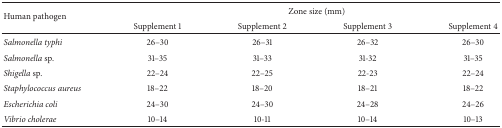
| <ROWSPAN=2> Human pathogen | <COLSPAN=4> Zone size (mm) |
 | Supplement 1 | Supplement 2 | Supplement 3 | Supplement 4 |
 | --- | --- | --- | --- | --- |
 | Salmonella typhi | 26–30 | 26–31 | 26–32 | 26–30 |
 | Salmonella sp. | 31–35 | 31–33 | 31-32 | 31–35 |
 | Shigella sp. | 22–24 | 22–25 | 22-23 | 22–24 |
 | Staphylococcus aureus | 18–22 | 18–20 | 18–21 | 18–22 |
 | Escherichia coli | 24–30 | 24–30 | 24–28 | 24–26 |
 | Vibrio cholerae | 10–14 | 10-11 | 10–14 | 10–13 |